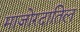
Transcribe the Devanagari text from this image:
माजोरदातिल